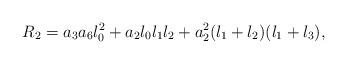
LaTeX: \begin{align*}R_2=a_3 a_6 l_0^2 + a_2 l_0 l_1 l_2 + a_2^2 (l_1+l_2)(l_1+l_3), \end{align*}